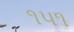
૧૫૧